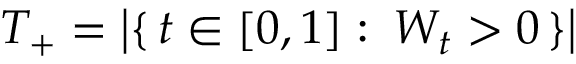
T _ { + } = \left| \{ \, t \in [ 0 , 1 ] \, \colon \, W _ { t } > 0 \, \} \right|